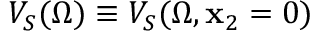
V _ { S } ( \Omega ) \equiv V _ { S } ( \Omega , { \bf x } _ { 2 } = 0 )